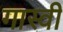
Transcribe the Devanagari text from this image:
गास्वी